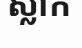
ស្លាក